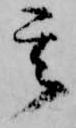
其